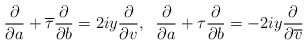
\begin{align*}\frac{\partial}{\partial a} + \overline{\tau} \frac{\partial}{\partial b} = 2iy \frac{\partial}{\partial v} ,\;\; \frac{\partial}{\partial a} + \tau \frac{\partial}{\partial b} = -2iy \frac{\partial}{\partial \overline{v}}\end{align*}